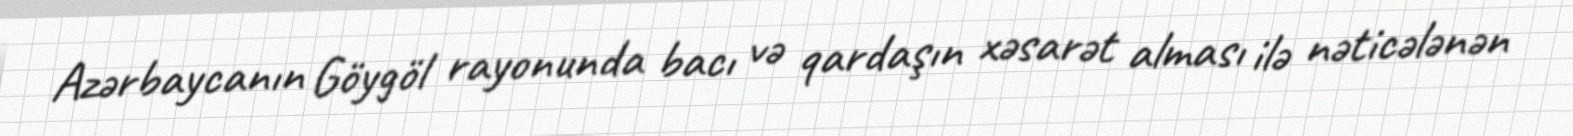
Azərbaycanın Göygöl rayonunda bacı və qardaşın xəsarət alması ilə nəticələnən